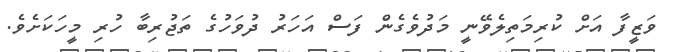
ވަޒީފާ އަށް ކުރިމަތިލެވޭނީ މަދުވެގެން ފަސް އަހަރު ދުވަހުގެ ތަޖުރިބާ ހުރި މީހަކަށެވެ.